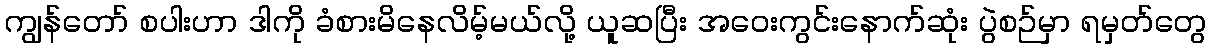
ကျွန်တော် စပါးဟာ ဒါကို ခံစားမိနေလိမ့်မယ်လို့ ယူဆပြီး အဝေးကွင်းနောက်ဆုံး ပွဲစဉ်မှာ ရမှတ်တွေ